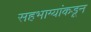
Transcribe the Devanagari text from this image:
सहभाग्यांकडून